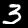
Label: 3